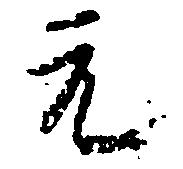
元